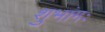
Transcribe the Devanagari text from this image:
शुभांगः